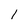
Character: 1